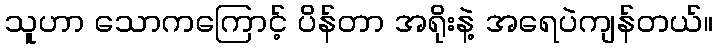
သူဟာ သောကကြောင့် ပိန်တာ အရိုးနဲ့ အရေပဲကျန်တယ်။